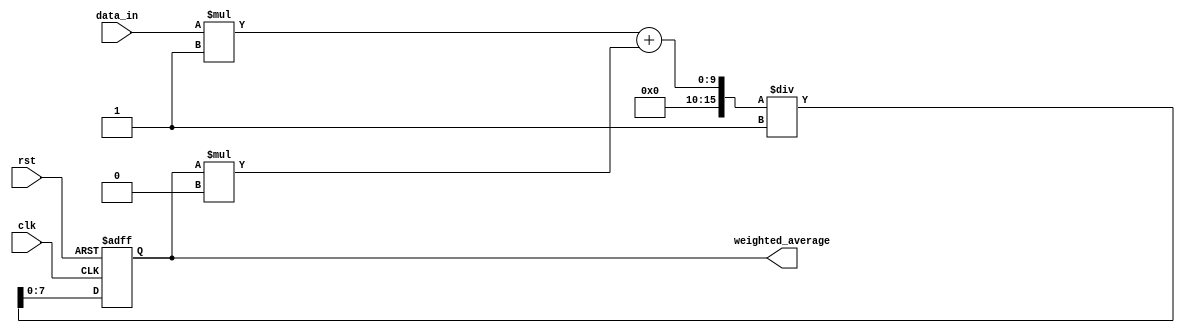
module weighted_moving_average_accumulator (
    input wire clk,
    input wire rst,
    input wire [7:0] data_in,
    output wire [7:0] weighted_average
);

parameter WEIGHTS = {8'd4, 8'd3, 8'd2, 8'd1}; // Predetermined set of weights

reg [7:0] prev_avg;
reg [15:0] sum;
reg [7:0] total_weight;

// Adder block
always @* begin
    sum = data_in * WEIGHTS[0] + prev_avg * WEIGHTS[1]; // Add more terms if needed
end

// Multiplier block
always @* begin
    total_weight = WEIGHTS[0] + WEIGHTS[1]; // Add more weights if needed
end

// Average calculation
always @(posedge clk or posedge rst) begin
    if (rst) begin
        prev_avg <= 8'd0;
    end else begin
        prev_avg <= sum / total_weight;
    end
end

assign weighted_average = prev_avg;

endmodule